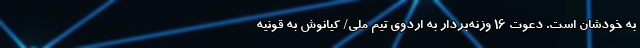
به خودشان است. دعوت ۱۶ وزنه‌بردار به اردوی تیم ملی/ کیانوش به قونیه